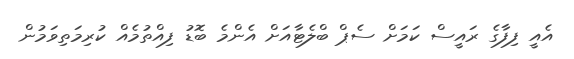
އެއީ ފިފާގެ ރައީސް ކަމަށް ސެޕް ބްލެޓާއަށް އެންމެ ބޮޑު ފިއްތުމެއް ކުރިމަތިވަމުން